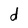
Character: d